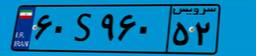
۲۶S۰۰۷۲۷